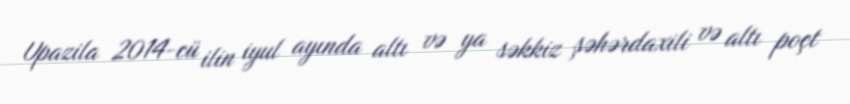
Upazila 2014-cü ilin iyul ayında altı və ya səkkiz şəhərdaxili və altı poçt